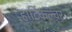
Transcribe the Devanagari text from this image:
हार्टिकल्चर